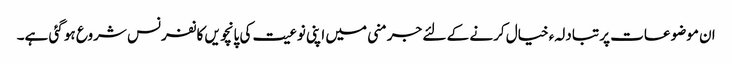
ان موضوعات پر تبادلہء خیال کرنے کے لئے جرمنی میں اپنی نوعیت کی پانچویں کانفرنس شروع ہو گئی ہے۔